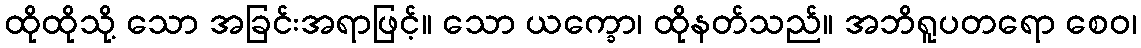
ထိုထိုသို့ သော အခြင်းအရာဖြင့်။ သော ယက္ခော၊ ထိုနတ်သည်။ အဘိရူပတရော စေဝ၊